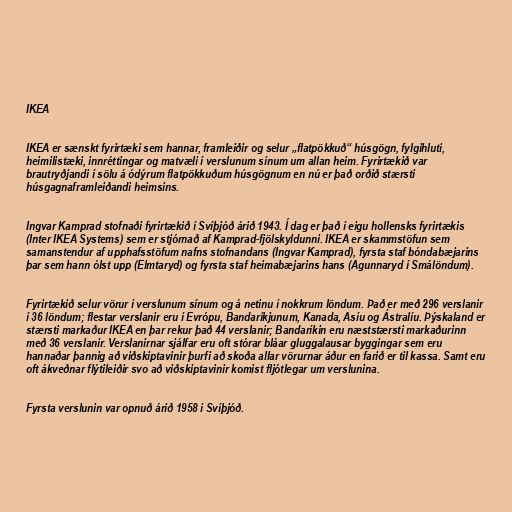
IKEA

IKEA er sænskt fyrirtæki sem hannar, framleiðir og selur „flatpökkuð“ húsgögn, fylgihluti,
heimilistæki, innréttingar og matvæli í verslunum sínum um allan heim. Fyrirtækið var
brautryðjandi í sölu á ódýrum flatpökkuðum húsgögnum en nú er það orðið stærsti
húsgagnaframleiðandi heimsins.

Ingvar Kamprad stofnaði fyrirtækið í Svíþjóð árið 1943. Í dag er það í eigu hollensks fyrirtækis
(Inter IKEA Systems) sem er stjórnað af Kamprad-fjölskyldunni. IKEA er skammstöfun sem
samanstendur af upphafsstöfum nafns stofnandans (Ingvar Kamprad), fyrsta staf bóndabæjarins
þar sem hann ólst upp (Elmtaryd) og fyrsta staf heimabæjarins hans (Agunnaryd í Smálöndum).

Fyrirtækið selur vörur í verslunum sínum og á netinu í nokkrum löndum. Það er með 296 verslanir
í 36 löndum; flestar verslanir eru í Evrópu, Bandaríkjunum, Kanada, Asíu og Ástralíu. Þýskaland er
stærsti markaður IKEA en þar rekur það 44 verslanir; Bandaríkin eru næststærsti markaðurinn
með 36 verslanir. Verslanirnar sjálfar eru oft stórar bláar gluggalausar byggingar sem eru
hannaðar þannig að viðskiptavinir þurfi að skoða allar vörurnar áður en farið er til kassa. Samt eru
oft ákveðnar flýtileiðir svo að viðskiptavinir komist fljótlegar um verslunina.

Fyrsta verslunin var opnuð árið 1958 í Svíþjóð.